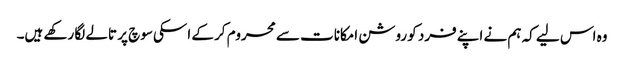
وہ اس لیے کہ ہم نے اپنے فرد کو روشن امکانات سے محروم کر کے اسکی سوچ پر تالے لگا رکھے ہیں۔